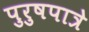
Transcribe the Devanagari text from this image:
पुरुषपात्रे